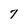
Character: 7